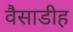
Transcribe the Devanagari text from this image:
वैसाडीह